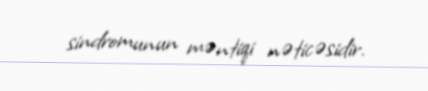
sindromunun məntiqi nəticəsidir.